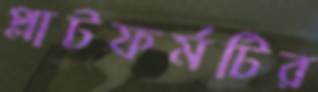
প্লাটফর্মটির